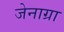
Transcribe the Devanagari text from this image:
जेनाग्रा